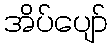
အိပ်ပျော်